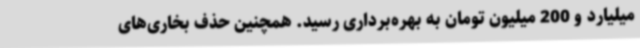
میلیارد و 200 میلیون تومان به بهره‌برداری رسید. همچنین حذف بخاری‌های